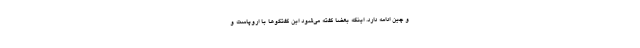
و چین ادامه دارد. اینکه بعضا گفته می‌شود این گفتگو‌ها با اروپاست و